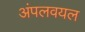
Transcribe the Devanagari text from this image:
अंपलवयल